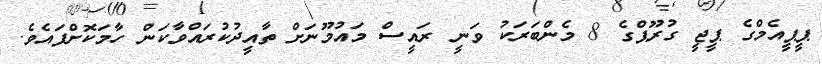
ޕީޕީއެމްގެ ޕީޖީ ގުރޫޕްގެ 8 މެންބަރަކު ވަނީ ރައީސް މައުމޫނަށް ތާއީދުކުރައްވާކަން ހާމަކޮށްފައެވެ.